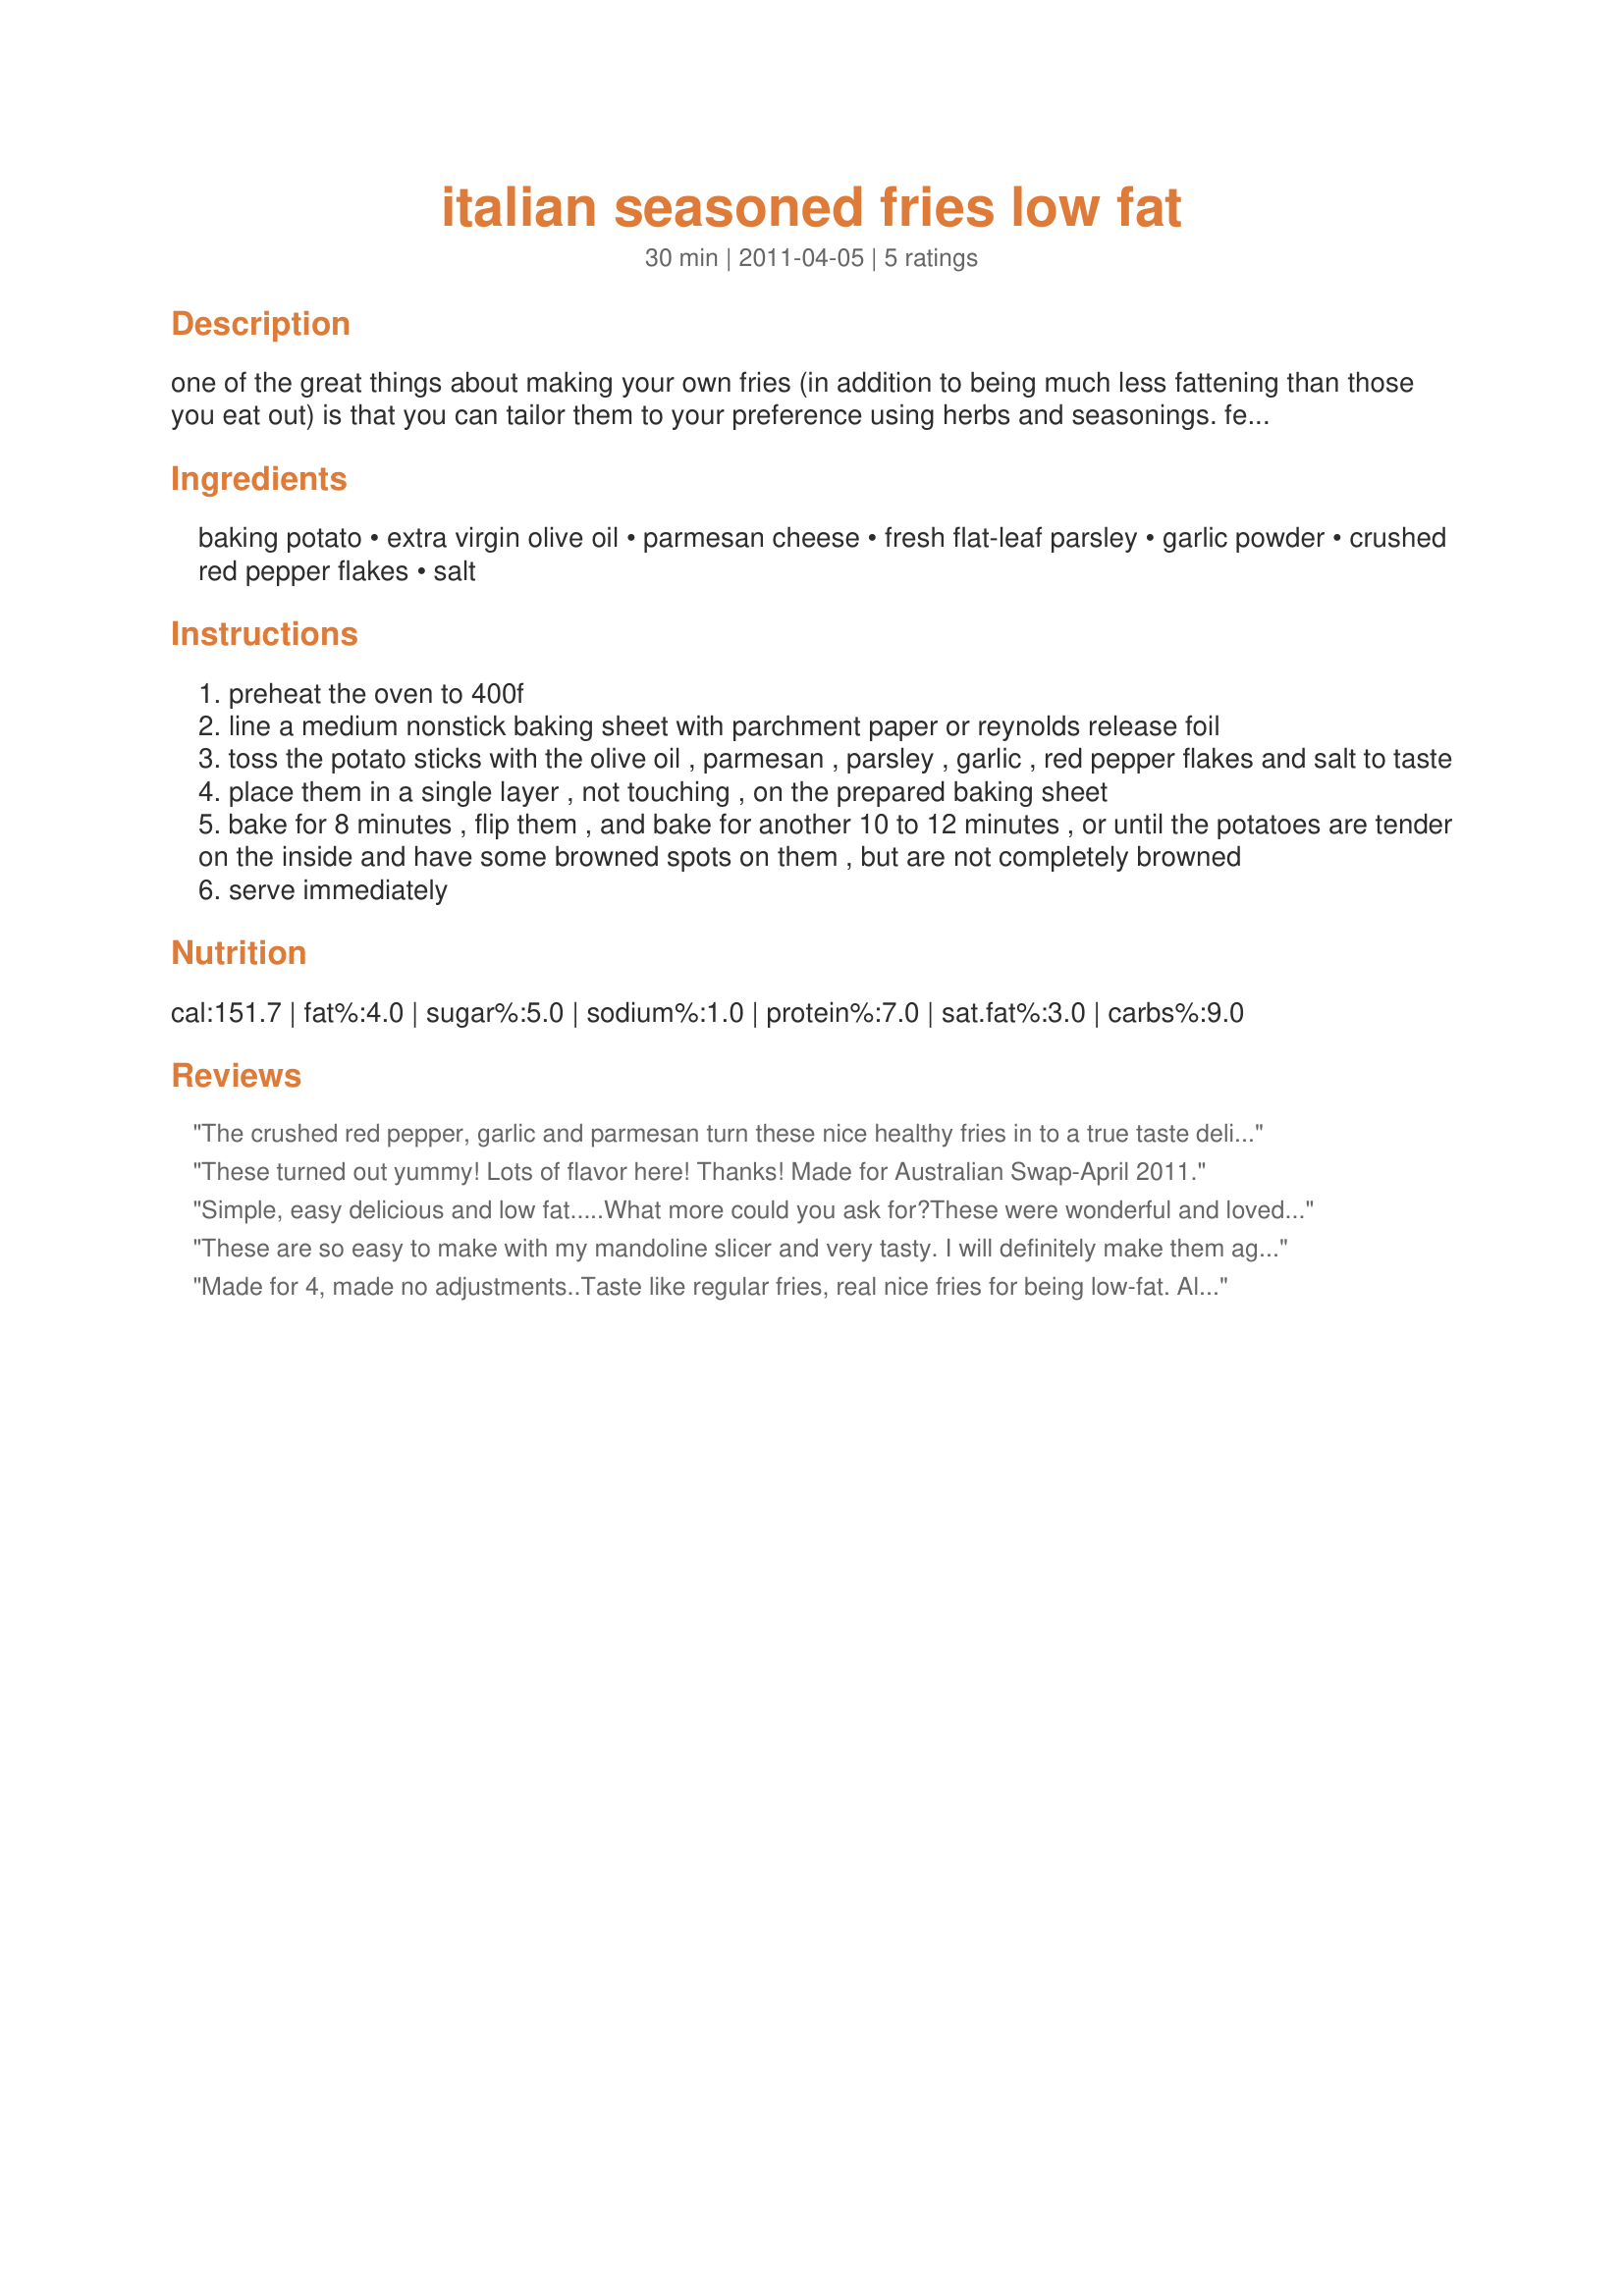
italian seasoned fries low fat
Preparation time: 30 minutes

one of the great things about making your own fries (in addition to being much less fattening than those you eat out) is that you can tailor them to your preference using herbs and seasonings. feeling like some garlic fries today? simply sprinkle them with some garlic, salt (or garlic salt) and a touch of parsley. add some parmesan and crushed red pepper flakes and you have these italian fries. lake spicy cajun fries? hit them up with some cajun seasoning. or sprinkle them with some fresh garlic and rosemary and you'll be in for a different treat. the important think to remember is that you need only a touch of olive oil to create the perfect fries. from the most decadent diet ever cookbook by devin alexander, author of the biggest loser cookbook.

Ingredients:
baking potato, extra virgin olive oil, parmesan cheese, fresh flat-leaf parsley, garlic powder, crushed red pepper flakes, salt

Steps:
preheat the oven to 400f
line a medium nonstick baking sheet with parchment paper or reynolds release foil
toss the potato sticks with the olive oil , parmesan , parsley , garlic , red pepper flakes and salt to taste
place them in a single layer , not touching , on the prepared baking sheet
bake for 8 minutes , flip them , and bake for another 10 to 12 minutes , or until the potatoes are tender on the inside and have some browned spots on them , but are not completely browned
serve immediately

Reviews:
The crushed red pepper, garlic and parmesan turn these nice healthy fries in to a true taste delight. Thanks so much for the post.
These turned out yummy! Lots of flavor here! Thanks! Made for Australian Swap-April 2011.
Simple, easy delicious and low fat.....What more could you ask for?<br/>These were wonderful and loved the added cheese, although I did not use the chille, we still enjoyed these so much.<br/>Thanks Craft Lady for another wonderful recipe to make.
These are so easy to make with my mandoline slicer and very tasty. I will definitely make them again. Thanks, Crafty Lady! Made for Aussie/Kiwi Recipe Swap #56, Group 5.
Made for 4, made no adjustments..Taste like regular fries, real nice fries for being low-fat. All enjoyed last night. Made for Best of Cookbook tag 2011.
